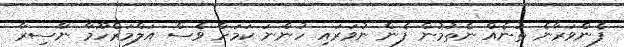
ފެންވަރާނެ ތަނެއް ނެތުމުން ފެން ނުވަރައި ހުންނަ ކަމަށް ވެސް އަލްމަރްހޫމާ ނާސިރާ